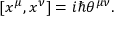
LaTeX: [ x ^ { \mu } , x ^ { \nu } ] = i \hbar \theta ^ { \mu \nu } .